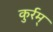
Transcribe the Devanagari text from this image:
कुर्रम्